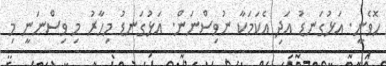
ހޮވެނީ. އަޅުގަނޑު އަދި އެކަމަކާ ނުވިސްނަން. އަޅުގަނޑު މިހާރު މި ވިސްނަނީ މި